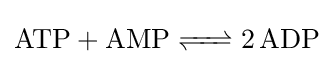
{\ce {ATP + AMP <=> 2 ADP}}